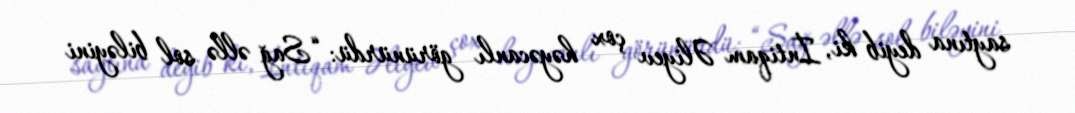
saytına deyib ki, İntiqam Əliyev çox həyəcanlı görünürdü: “Sağ əllə sol biləyini